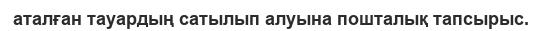
аталған тауардың сатылып алуына пошталық тапсырыс.